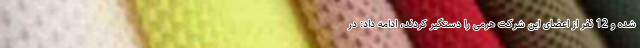
شده و 12 نفر از اعضای این شرکت هرمی را دستگیر کردند، ادامه داد: در